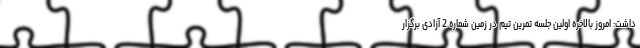
داشت: امروز بالاخره اولین جلسه تمرین تیم در زمین شماره 2 آزادی برگزار